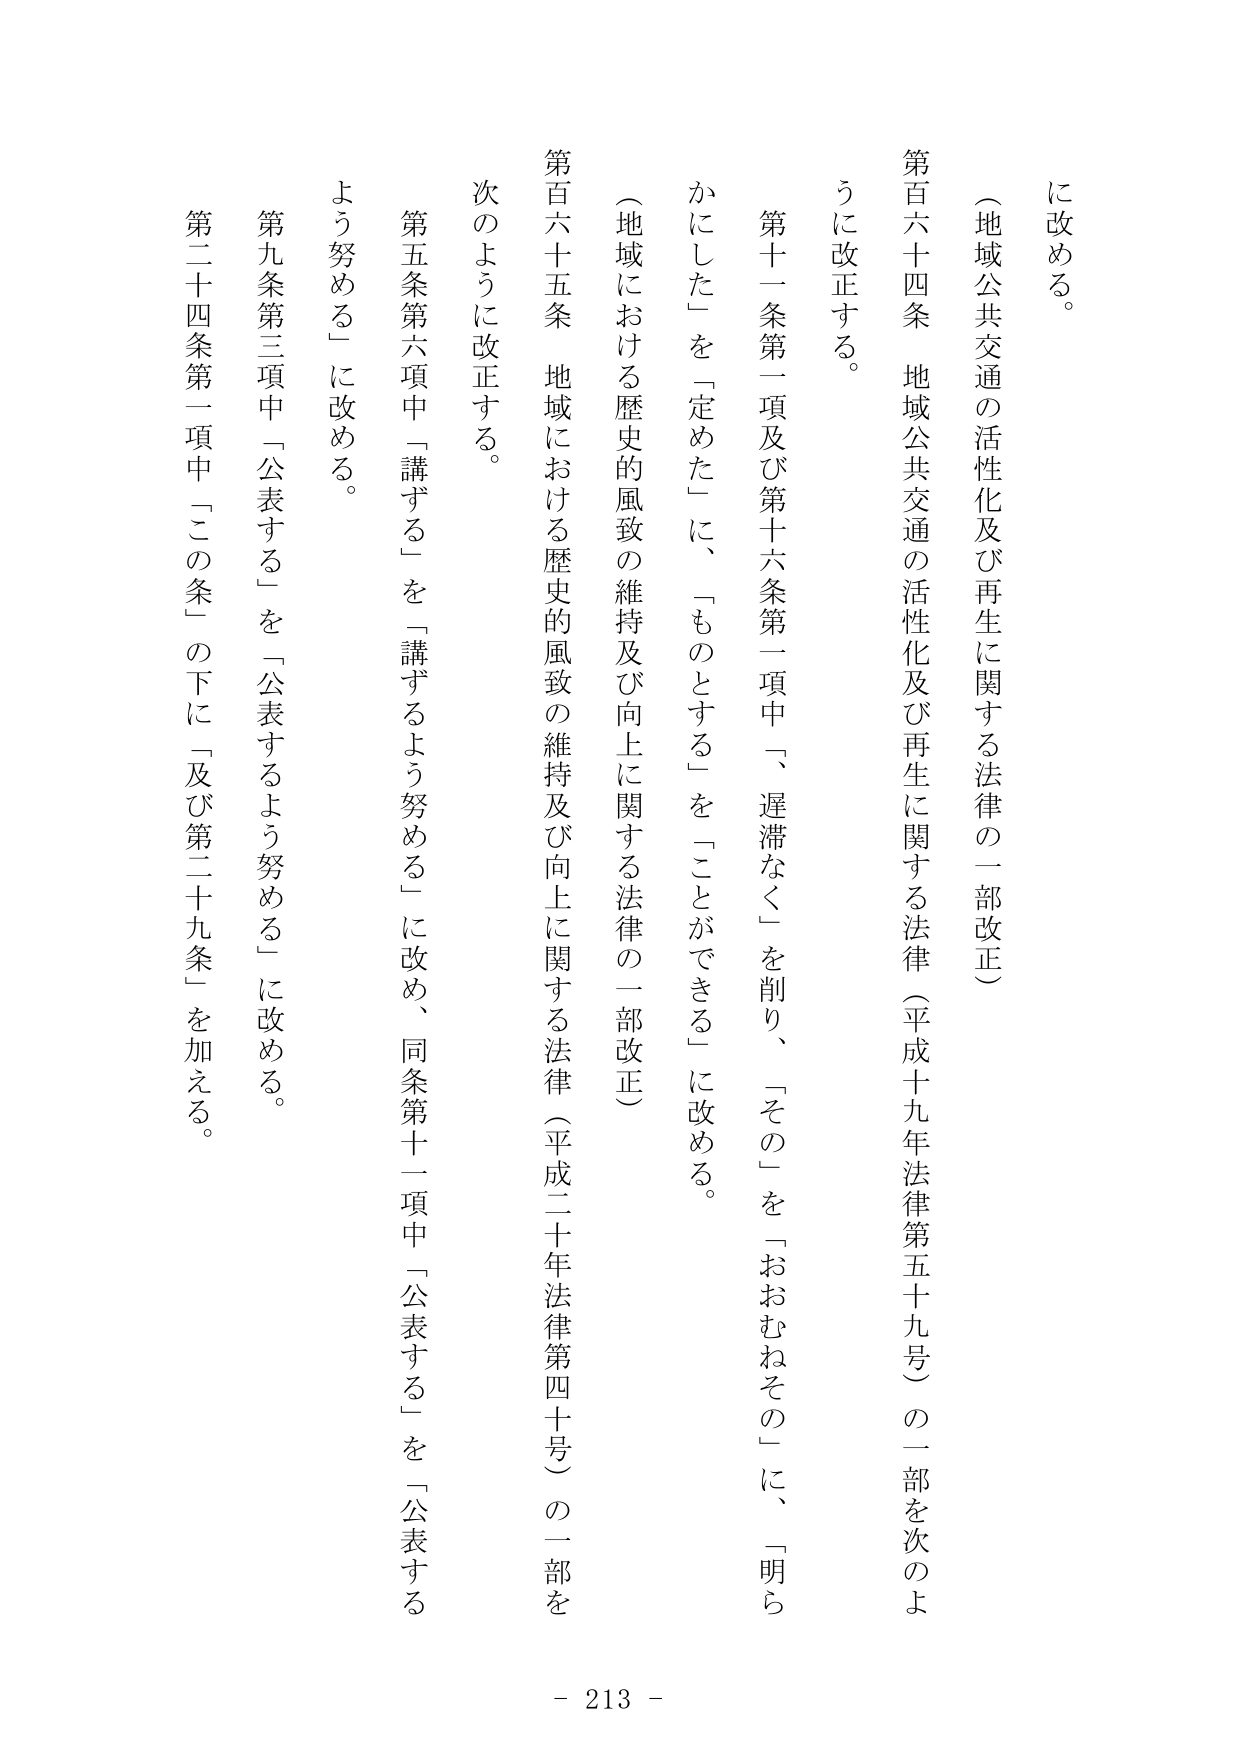
に改める。

（地域公共交通の活性化及び再生に関する法律の一部改正）

第百六十四条 地域公共交通の活性化及び再生に関する法律（平成十九年法律第五十九号）の一部を次のよう に改正する。

第十一条第一項及び第十六条第一項中、「遅滞なく」を削り、「その」を「おおむねその」に、「明らかにした」を「定めた」に、「ものとする」を「ことができる」に改める。

（地域における歴史的風致の維持及び向上に関する法律の一部改正）

第百六十五条 地域における歴史的風致の維持及び向上に関する法律（平成二十年法律第四十号）の一部を 次のように改正する。

第五条第六項中「講ずる」を「講ずるよう努める」に改め、同条第十一項中「公表する」を「公表する よう努める」に改める。

第九条第三項中「公表する」を「公表するよう努める」に改める。

第二十四条第一項中「この条」の下に「及び第二十九条」を加える。

- 213 -